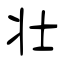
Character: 壮